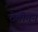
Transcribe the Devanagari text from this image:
ठेवीतून